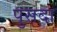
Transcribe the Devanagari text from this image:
पुसदा